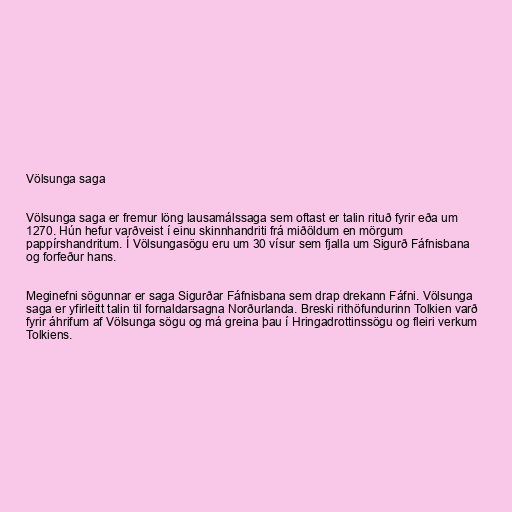
Völsunga saga

Völsunga saga er fremur löng lausamálssaga sem oftast er talin rituð fyrir eða um
1270. Hún hefur varðveist í einu skinnhandriti frá miðöldum en mörgum
pappírshandritum. Í Völsungasögu eru um 30 vísur sem fjalla um Sigurð Fáfnisbana
og forfeður hans.

Meginefni sögunnar er saga Sigurðar Fáfnisbana sem drap drekann Fáfni. Völsunga
saga er yfirleitt talin til fornaldarsagna Norðurlanda. Breski rithöfundurinn Tolkien varð
fyrir áhrifum af Völsunga sögu og má greina þau í Hringadrottinssögu og fleiri verkum
Tolkiens.